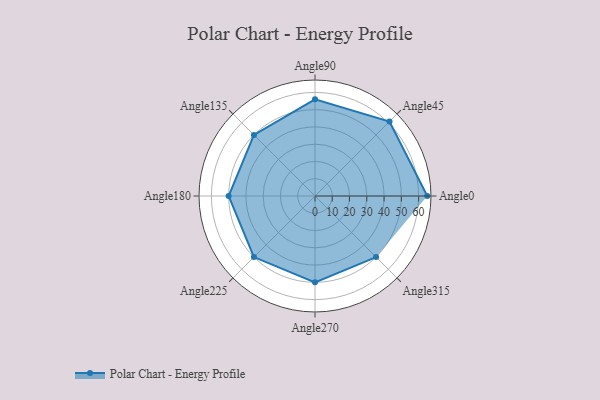
{"axis": {"x": "Angle", "y": "Radius"}, "legend": [""], "data": [{"x": "Angle0", "y": 65.0, "type": ""}, {"x": "Angle45", "y": 61.0, "type": ""}, {"x": "Angle90", "y": 56.0, "type": ""}, {"x": "Angle135", "y": 50, "type": ""}, {"x": "Angle180", "y": 50, "type": ""}, {"x": "Angle225", "y": 50, "type": ""}, {"x": "Angle270", "y": 50, "type": ""}, {"x": "Angle315", "y": 50, "type": ""}]}